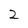
Character: 2